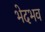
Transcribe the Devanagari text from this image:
भेदभव